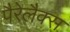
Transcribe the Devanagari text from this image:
पैरेलैक्स